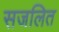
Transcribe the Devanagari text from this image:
सजलित